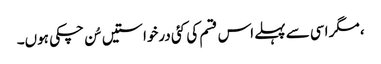
، مگر اسی سے پہلے اس قسم کی کئی درخواستیں سُن چکی ہوں۔